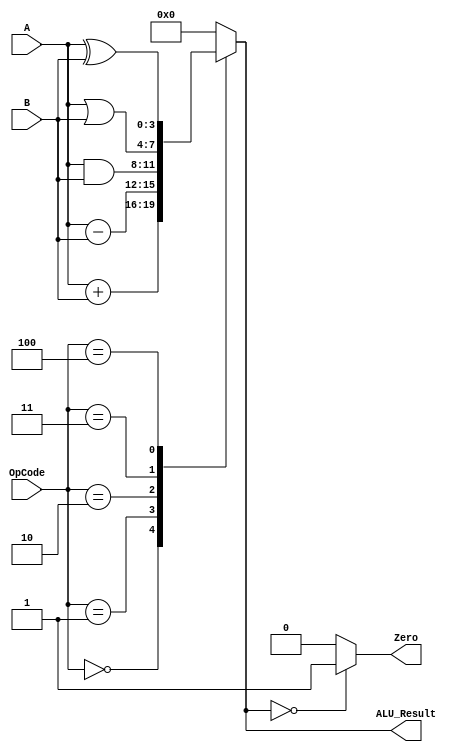
`timescale 1ns / 1ps
module alu(input [3:0] A, input [3:0] B, input [2:0] OpCode, output reg [3:0] ALU_Result, output reg Zero);
always @ (A or B or OpCode) begin
        case (OpCode)
            3'b000: ALU_Result <= A + B;  // Addition
            3'b001: ALU_Result <= A - B;  // Subtraction
            3'b010: ALU_Result <= A & B;  // Bitwise AND
            3'b011: ALU_Result <= A | B;  // Bitwise OR
            3'b100: ALU_Result <= A ^ B;  // Bitwise XOR
            default: ALU_Result <= 4'b0;				// Default case
				endcase
        end
initial begin if (ALU_Result == 4'b0)begin
            Zero <= 1'b1;
				end
        else begin
            Zero <= 1'b0;
 end
 end
endmodule